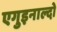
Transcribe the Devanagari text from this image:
एगुइनाल्दो